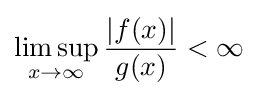
\limsup _{x\to \infty }{\frac {|f(x)|}{g(x)}}<\infty